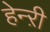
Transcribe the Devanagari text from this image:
हेन्ऱी